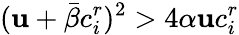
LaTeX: (\mathbf{u}+\bar{{\beta}}c_{i}^{r})^{2}>4\alpha\mathbf{u}c_{i}^{r}